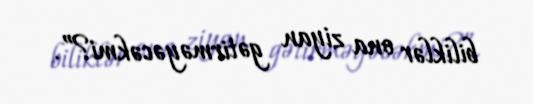
biliklər ona ziyan gətirməyəcəkmi?”.